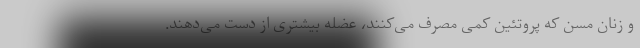
و زنان مسن که پروتئین کمی مصرف می‌کنند، عضله بیشتری از دست می‌دهند.